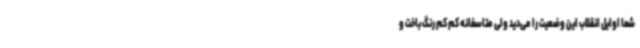
شما اوایل انقلاب این وضعیت را می‌دید ولی متاسفانه کم کم رنگ باخت و